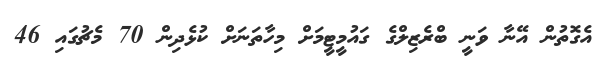
އެގޮތުން އޭނާ ވަނީ ބްރެޒިލްގެ ގައުމީޓީމަށް މިހާތަނަށް ކުޅެދިން 70 މެޗުގައި 46